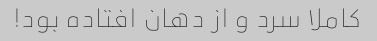
کاملا سرد و از دهان افتاده بود!